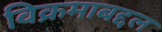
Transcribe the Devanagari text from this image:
विक्रमाबद्दल